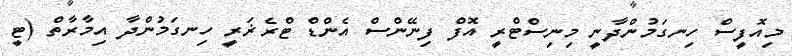
މިއޮފީސް ހިނގަމުންދާނީ މިނިސްޓްރީ އޮފް ފިނޭންސް އެންޑް ޓްރެޜަރީ ހިނގަމުންދާ އިމާރާތް (ޓީ